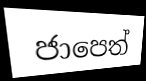
ජාපෙත්